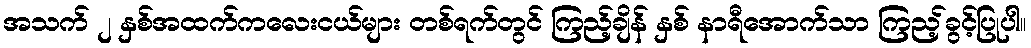
အသက် ၂ နှစ်အထက်ကလေးငယ်များ တစ်ရက်တွင် ကြည့်ချိန် နှစ် နာရီအောက်သာ ကြည့်ခွင့်ပြုပါ။